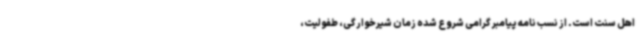
اهل سنت است. از نسب نامه پیامبر گرامی شروع شده زمان شیرخوارگی، طفولیت،